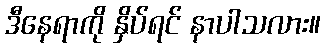
ဒီနေရာကို နှိပ်ရင် နာပါသလား။